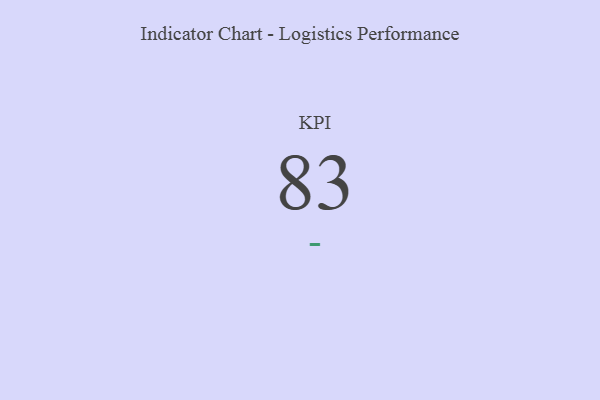
{"axis": {"x": "KPI", "y": "Value"}, "legend": [""], "data": [{"x": "KPI", "y": 83, "type": ""}]}